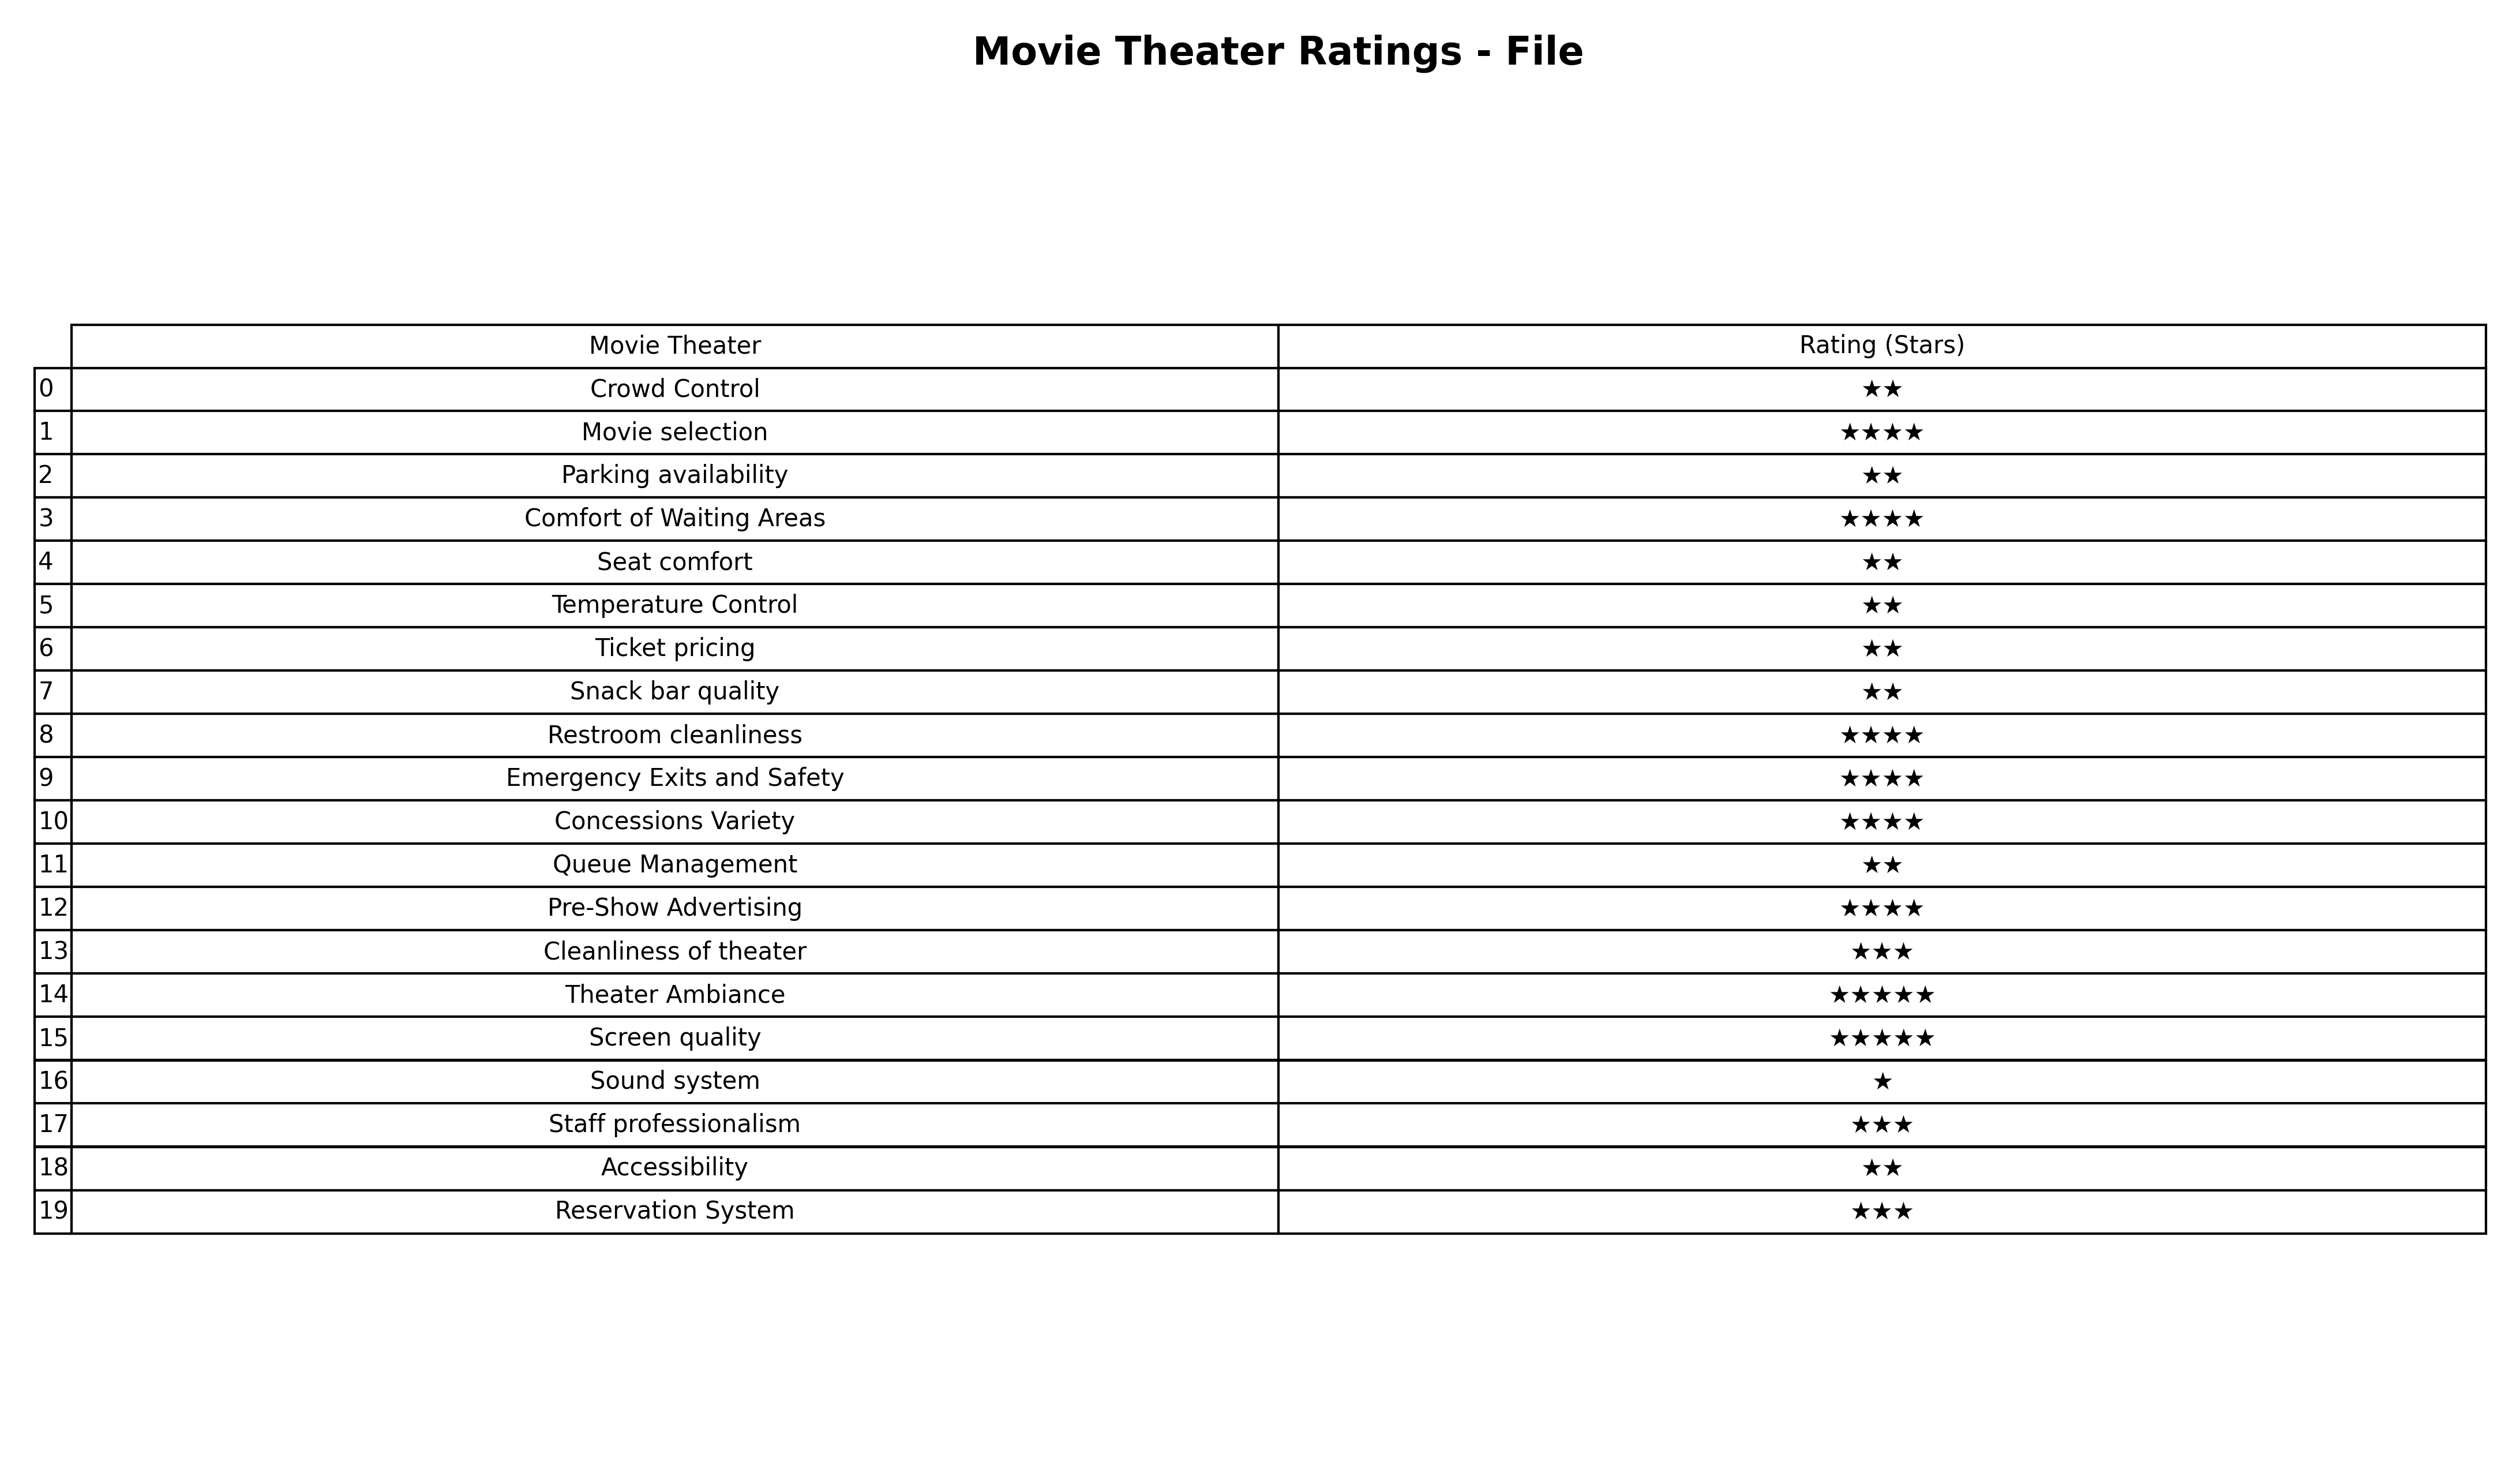
question: What are two star services?
answer: Crowd ControlParking availabilitySeat comfortTemperature ControlTicket pricingSnack bar qualityQueue ManagementAccessibility